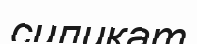
силикат